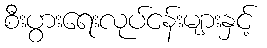
စီးပွားရေးလုပ်ငန်းများနှင့်